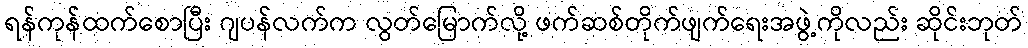
ရန်ကုန်ထက်စောပြီး ဂျပန်လက်က လွတ်မြောက်လို့ ဖက်ဆစ်တိုက်ဖျက်ရေးအဖွဲ့ကိုလည်း ဆိုင်းဘုတ်